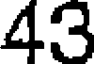
43